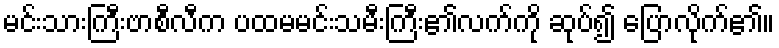
မင်းသားကြီးဗာစီလီက ပထမမင်းသမီးကြီး၏လက်ကို ဆုပ်၍ ပြောလိုက်၏။